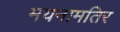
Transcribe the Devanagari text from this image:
मयनामतिर